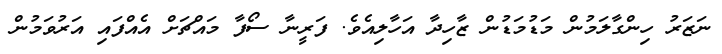
ނަޒަރު ހިންގާލަމުން މަޑުމަޑުން ޒާހިދާ އަހާލިއެވެ. ފަރީނާ ސޯފާ މައްޗަށް އެއްފައި އަރުވަމުން